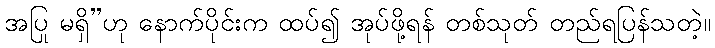
အပြု မရှိ”ဟု နောက်ပိုင်းက ထပ်၍ အုပ်ဖို့ရန် တစ်သုတ် တည်ရပြန်သတဲ့။